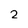
Character: 2